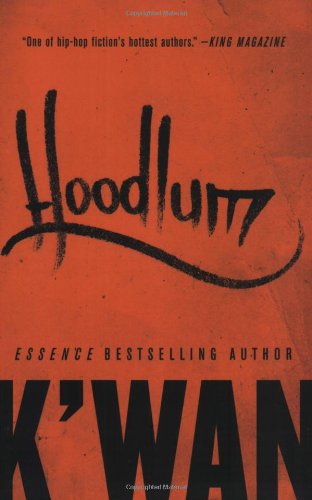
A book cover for Hoodlum: A Novel; K'wan; Literature & Fiction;